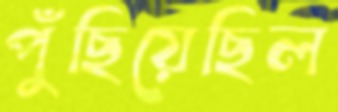
পুঁছিয়েছিল